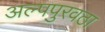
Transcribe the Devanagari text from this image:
अल्पपुरवठा